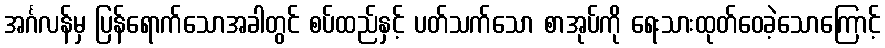
အင်္ဂလန်မှ ပြန်ရောက်သောအခါတွင် စပ်ထည်နှင့် ပတ်သက်သော စာအုပ်ကို ရေးသားထုတ်ဝေခဲ့သောကြောင့်